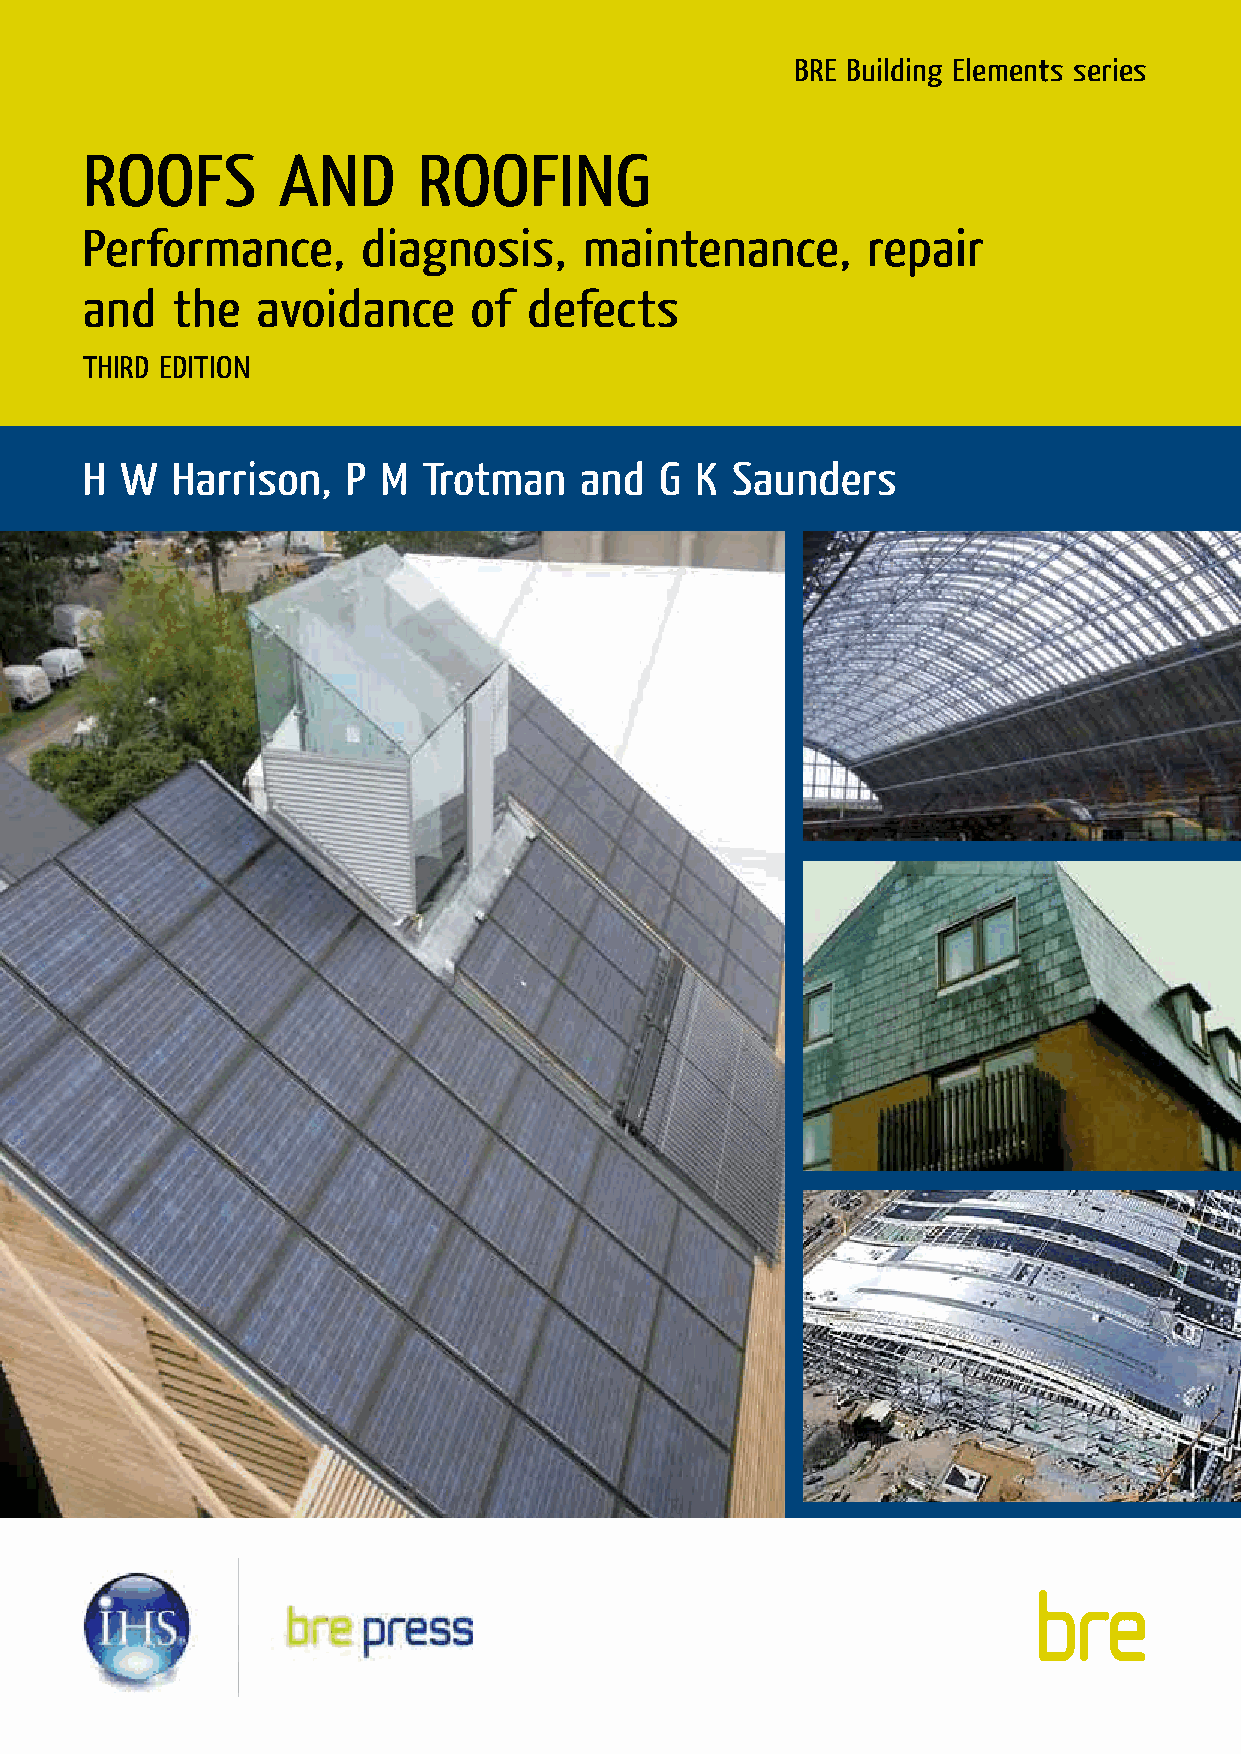
BRE Building Elements series
 ROOFS        AND       ROOFING
 Performance,       diagnosis,     maintenance,      repair
 and   the   avoidance     of  defects
 THIRD EDITION
 H  W  Harrison,   P M  Trotman   and   G K Saunders